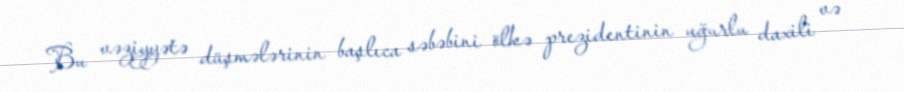
Bu vəziyyətə düşmələrinin başlıca səbəbini ölkə prezidentinin uğurlu daxili və